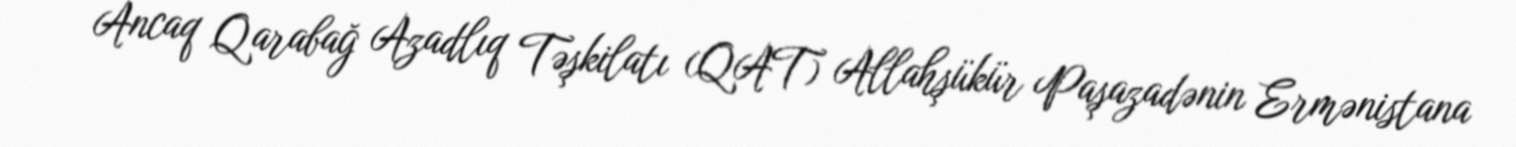
Ancaq Qarabağ Azadlıq Təşkilatı (QAT) Allahşükür Paşazadənin Ermənistana